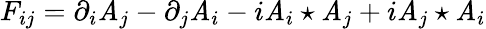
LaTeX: F_{ij}=\partial_{i}\mathit{A}_{j}-\partial_{j}\mathit{A}_{i}-i\mathit{A}_{i}\star\mathit{A}_{j}+i\mathit{A}_{j}\star\mathit{A}_{i}